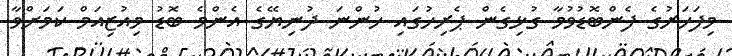
މިފަހަރުގެ ފެންބޮޑުވުމާ ގުޅިގެން ޕެރިހުގައި ހުންނަ ދުނިޔޭގެ އެންމެ ބޮޑު މިއުޒިއަމް ކަމަށްވާ